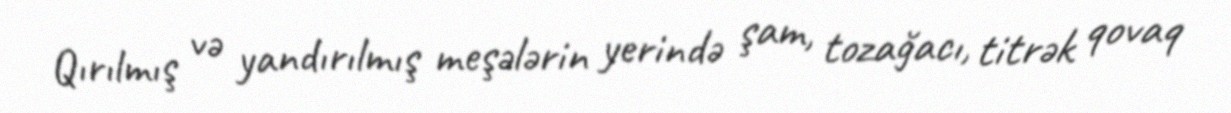
Qırılmış və yandırılmış meşələrin yerində şam, tozağacı, titrək qovaq